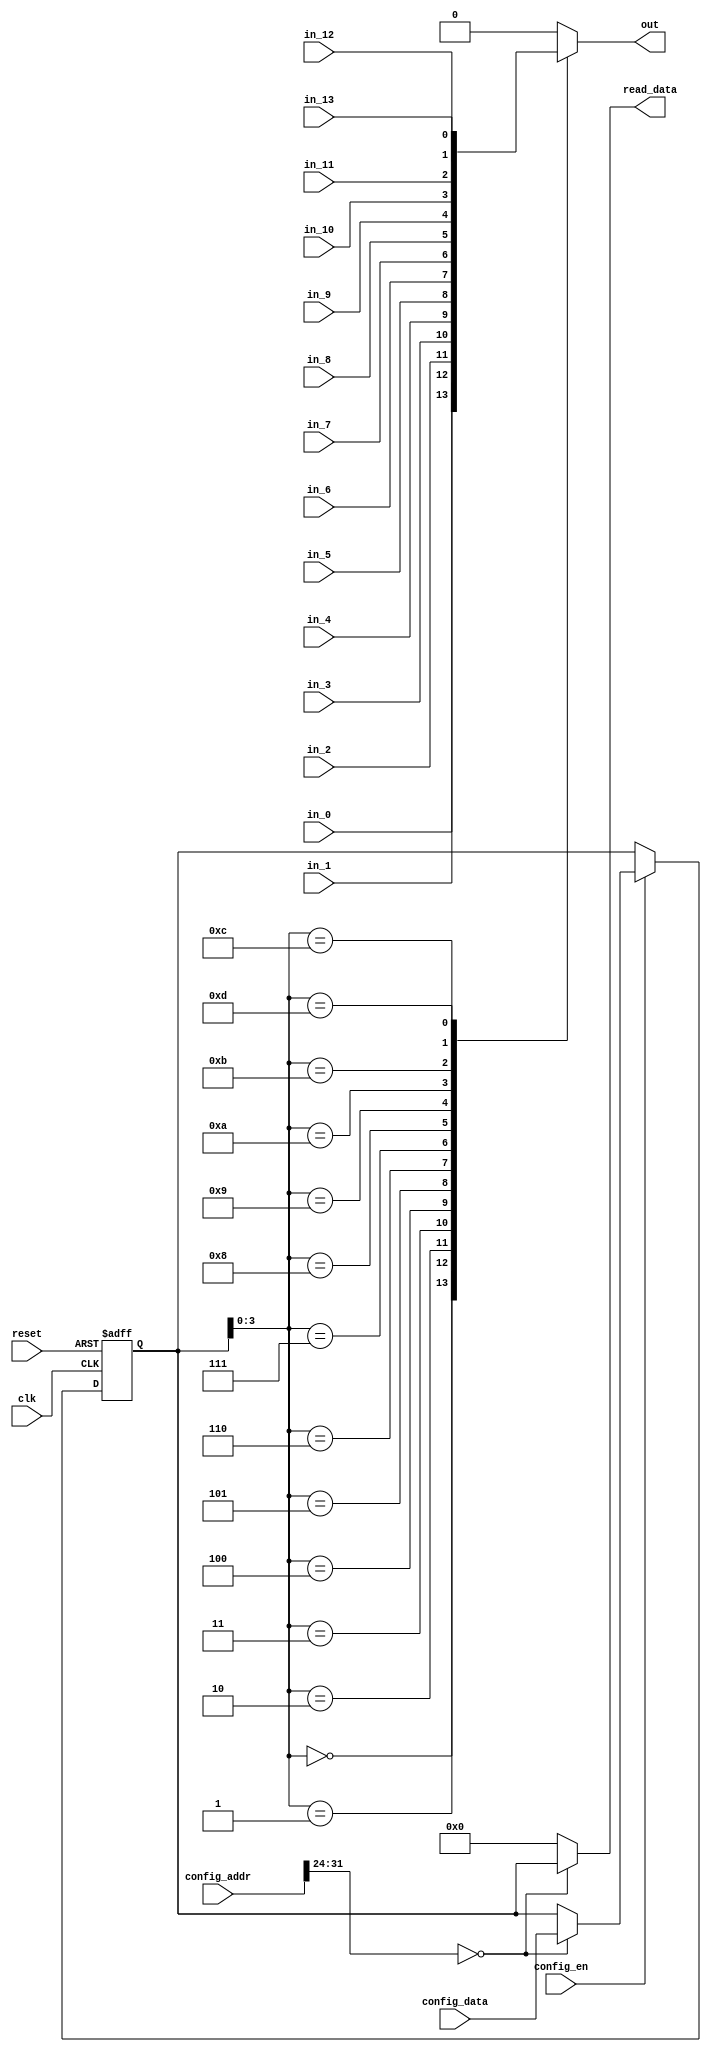
//
//--------------------------------------------------------------------------------
//          THIS FILE WAS AUTOMATICALLY GENERATED BY THE GENESIS2 ENGINE        
//  FOR MORE INFORMATION: OFER SHACHAM (CHIP GENESIS INC / STANFORD VLSI GROUP)
//    !! THIS VERSION OF GENESIS2 IS NOT FOR ANY COMMERCIAL USE !!
//     FOR COMMERCIAL LICENSE CONTACT SHACHAM@ALUMNI.STANFORD.EDU
//--------------------------------------------------------------------------------
//
//  
//	-----------------------------------------------
//	|            Genesis Release Info             |
//	|  $Change: 11904 $ --- $Date: 2013/08/03 $   |
//	-----------------------------------------------
//	
//
//  Source file: /Users/akashlevy/OneDrive - Levylab/Documents/Research/Hybrid-RRAM-NEMS/cgra/jade/cb/cb.vp
//  Source template: cb
//
// --------------- Begin Pre-Generation Parameters Status Report ---------------
//
//	From 'generate' statement (priority=5):
// Parameter has_constant 	= 0
// Parameter width 	= 1
// Parameter num_tracks 	= 14
// Parameter feedthrough_outputs 	= 11111111111111
//
//		---- ---- ---- ---- ---- ---- ---- ---- ---- ---- ----
//
//	From Command Line input (priority=4):
//
//		---- ---- ---- ---- ---- ---- ---- ---- ---- ---- ----
//
//	From XML input (priority=3):
//
//		---- ---- ---- ---- ---- ---- ---- ---- ---- ---- ----
//
//	From Config File input (priority=2):
//
// ---------------- End Pre-Generation Pramameters Status Report ----------------

// width (_GENESIS2_INHERITANCE_PRIORITY_) = 1
//
// num_tracks (_GENESIS2_INHERITANCE_PRIORITY_) = 14
//
// feedthrough_outputs (_GENESIS2_INHERITANCE_PRIORITY_) = 0xa1b01d4b1c7
//
// has_constant (_GENESIS2_INHERITANCE_PRIORITY_) = 0
//
// default_value (_GENESIS2_DECLARATION_PRIORITY_) = 0
//

module cb_unq2 (
clk, reset,
in_0,
in_1,
in_2,
in_3,
in_4,
in_5,
in_6,
in_7,
in_8,
in_9,
in_10,
in_11,
in_12,
in_13,
out,
config_addr,
config_data,
config_en,
read_data
);

  input  clk;
  input  reset;
  input  config_en;
  input [31:0] config_data;


  /* verilator lint_off UNUSED */
  input [31:0] config_addr;
  /* verilator lint_on UNUSED */

  output reg [0:0] out;
  input [0:0] in_0;
  input [0:0] in_1;
  input [0:0] in_2;
  input [0:0] in_3;
  input [0:0] in_4;
  input [0:0] in_5;
  input [0:0] in_6;
  input [0:0] in_7;
  input [0:0] in_8;
  input [0:0] in_9;
  input [0:0] in_10;
  input [0:0] in_11;
  input [0:0] in_12;
  input [0:0] in_13;
  output reg [31:0] read_data;



  /* verilator lint_off UNUSED */
  reg [31:0] config_cb;
  /* verilator lint_on UNUSED */
  always @(posedge clk or posedge reset) begin
    if (reset==1'b1) begin
        config_cb <= 4'd13;
    end else begin
      if (config_en==1'b1) begin
         case (config_addr[31:24])
           8'd0: config_cb[31:0] <= config_data;
         endcase
      end
    end
  end

  always @(*) begin
    case (config_addr[31:24])
      8'd0: read_data = config_cb[31:0];
      default: read_data = 'h0;
    endcase
  end

  always @(*) begin
    case (config_cb[3:0])
        4'd0: out = in_0;
        4'd1: out = in_1;
        4'd2: out = in_2;
        4'd3: out = in_3;
        4'd4: out = in_4;
        4'd5: out = in_5;
        4'd6: out = in_6;
        4'd7: out = in_7;
        4'd8: out = in_8;
        4'd9: out = in_9;
        4'd10: out = in_10;
        4'd11: out = in_11;
        4'd12: out = in_12;
        4'd13: out = in_13;
        default: out = 1'd0;
    endcase
  end
endmodule